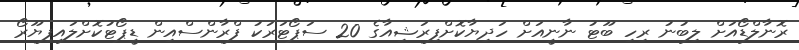
ރޮނާލްޑޯއަށް ލިބުނު ރިހި ބޫޓު ނާނީއަށް ހަދިޔާކޮށްފިރަޝިއާގެ 20 ސަޕޯޓަރަކު ފްރާންސްއިން ޑީޕޯޓުކޮށްލައިފިޔޫރޯ